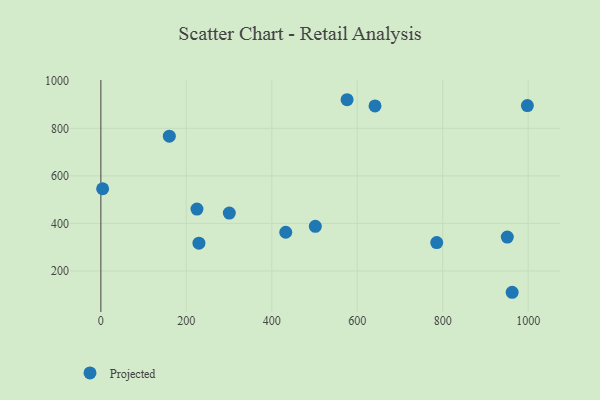
{"axis": {"x": "Investment", "y": "Yield"}, "legend": ["Projected"], "data": [{"x": "998.2", "y": 896.1, "type": "Projected"}, {"x": "641.6", "y": 894.4, "type": "Projected"}, {"x": "951.2", "y": 342.8, "type": "Projected"}, {"x": "300.6", "y": 443.8, "type": "Projected"}, {"x": "501.9", "y": 388.1, "type": "Projected"}, {"x": "229.5", "y": 317.0, "type": "Projected"}, {"x": "576.2", "y": 920.6, "type": "Projected"}, {"x": "962.6", "y": 110.4, "type": "Projected"}, {"x": "160.2", "y": 767.2, "type": "Projected"}, {"x": "4.1", "y": 546.0, "type": "Projected"}, {"x": "786.0", "y": 319.7, "type": "Projected"}, {"x": "224.9", "y": 460.3, "type": "Projected"}, {"x": "432.7", "y": 363.0, "type": "Projected"}]}